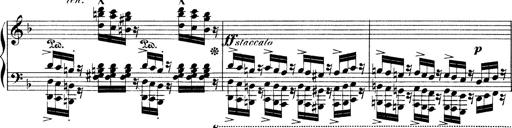
Title: Illustrations de l'opÃ©ra L'Africaine
Composer: Franz Liszt